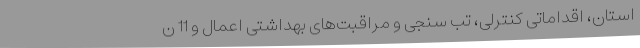
استان، اقداماتی کنترلی، تب سنجی و مراقبت‌های بهداشتی اعمال و 11 ن